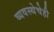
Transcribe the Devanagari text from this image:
व्यवस्थेचेही